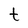
Character: t